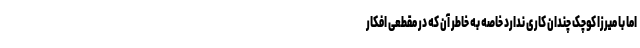
اما با میرزا کوچک چندان کاری ندارد خاصه به خاطر آن که در مقطعی افکار